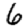
Digit: 6